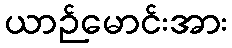
ယာဉ်မောင်းအား